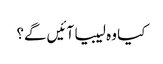
کیا وہ لیبیا آئیں گے؟